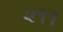
૨૧૧